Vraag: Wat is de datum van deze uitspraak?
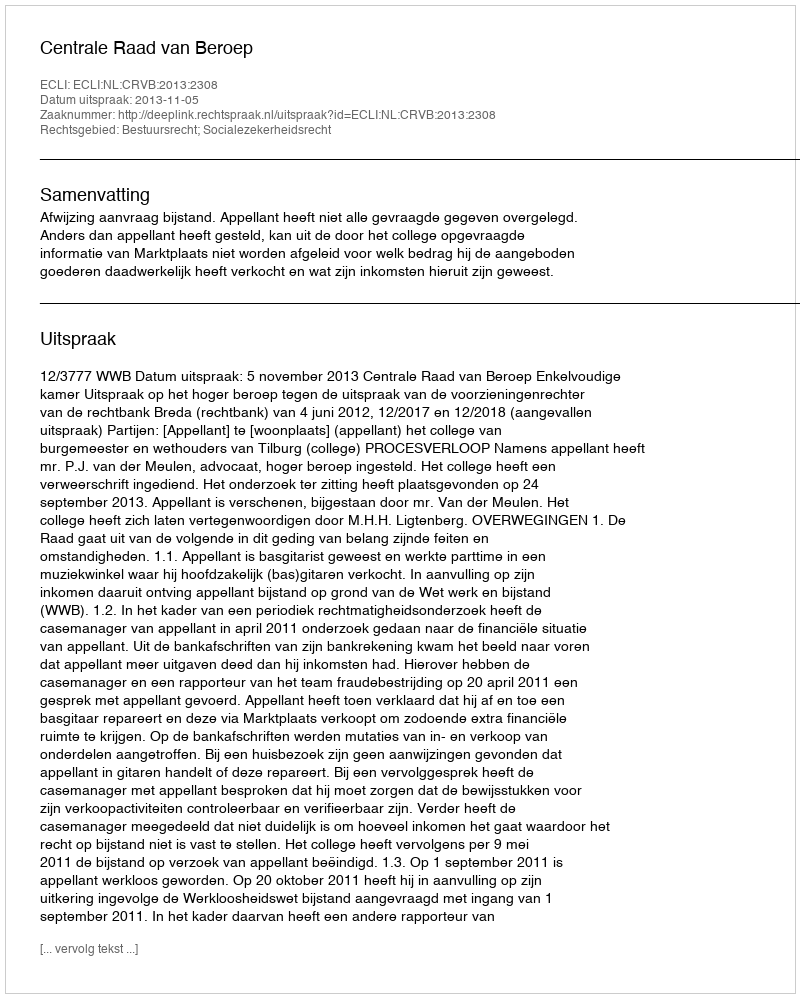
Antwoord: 2013-11-05